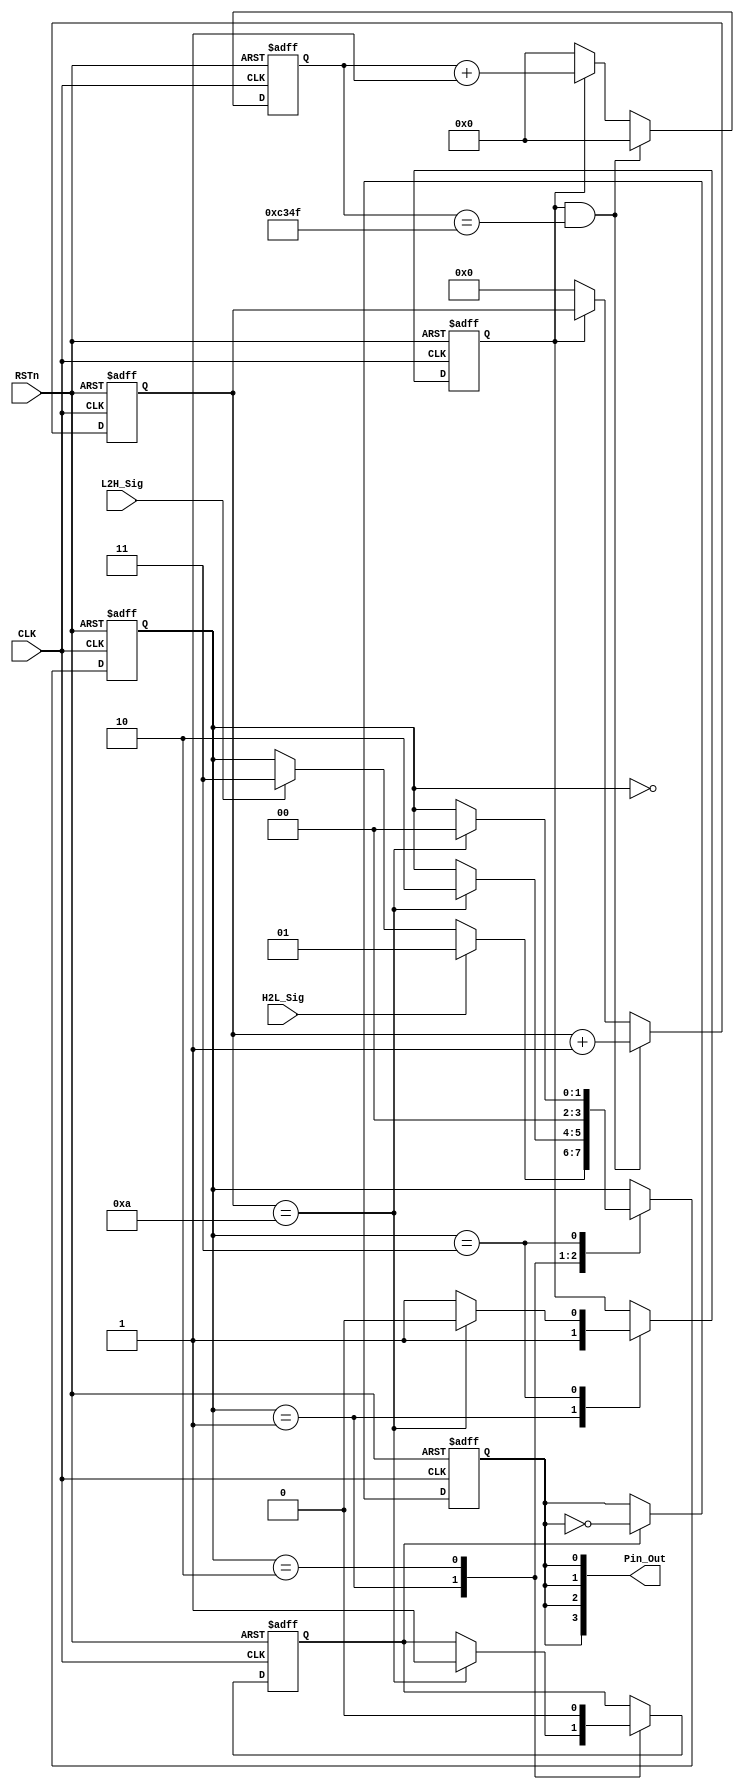
module DELAY_MODULE
(
	CLK, RSTn, H2L_Sig, L2H_Sig, Pin_Out
);

	input CLK;
	input RSTn;
	input H2L_Sig;
	input L2H_Sig;
	output [3:0]Pin_Out;
	
	
	//// 50M*0.001-1 = 49_999;
	parameter T1MS = 16'd49_999;
	
	
	
	// 1ms counter
	reg [15:0]Count1;
	
	always@(posedge CLK or negedge RSTn)
		if(!RSTn)
			Count1 <= 16'd0;
		else if(isCount && Count1 == T1MS)
			Count1 <= 16'd0;
		else if(isCount)
			Count1 <= Count1 + 1'b1;
		else if(!isCount)
			Count1 <= 16'd0;
			
	//////////////////////////////////////////
	
	// 10ms counter
	reg[3:0]Count_MS;
	
	always@(posedge CLK or negedge RSTn)
		if(!RSTn)
			Count_MS <= 4'd0;
		else if(isCount && Count1 == T1MS)
			Count_MS <= Count_MS + 1'b1;
		else if(!isCount)
			Count_MS <= 4'd0;
			
	////////////////////////////////////////////////////////
	
	reg rPin_Out;
	
	always@(posedge CLK or negedge RSTn)
		if(!RSTn)
			rPin_Out <= 1'b0;
		else if(rPin_Out_state)
			rPin_Out <= ~rPin_Out;
			

	///////////////////////////////////////////////////////////
	
	reg isCount;
	reg rPin_Out_state;
	reg[1:0]state_index;
	
	always@(posedge CLK or negedge RSTn)
		if(!RSTn)
			begin	
				isCount <= 1'b0;
				rPin_Out_state <= 1'b0;
				state_index <= 2'd0;
			end
		else
			case(state_index)
				3'd0:
					if(H2L_Sig)
						state_index <= 2'd1;
					else if(L2H_Sig)
						state_index <= 2'd3;
						
				3'd1:
					if(Count_MS == 4'd10)
						begin	
							isCount <= 1'b1;
							rPin_Out_state <= 1'b1;
							state_index <= 2'd2;
						end
					else 
						isCount <= 1'b1;
				
				3'd2:
					begin
						rPin_Out_state <= 1'b0;
						state_index <= 2'd0;
					end
						
				3'd3:
					if(Count_MS == 4'D10)
							begin 
								isCount <= 1'b0;
								//rPin_Out <= 1'b0;
								state_index <= 2'd0;
							end
						else 
							isCount <= 1'b1;
					
			endcase
			
	////////////////////////////////////////////////////
	
	assign Pin_Out = {4{rPin_Out}};
	
	
endmodule